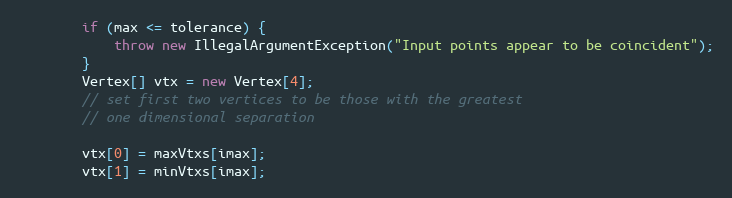
Language: Java
        if (max <= tolerance) {
            throw new IllegalArgumentException("Input points appear to be coincident");
        }
        Vertex[] vtx = new Vertex[4];
        // set first two vertices to be those with the greatest
        // one dimensional separation

        vtx[0] = maxVtxs[imax];
        vtx[1] = minVtxs[imax];